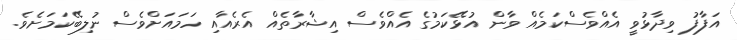
އަފާފު ވިދާޅުވީ އެއްވެސްކަމެއް ވާން އުޅޭކަމުގެ އެއްވެސް އިޝާރާތެއް އެރެއާއި ހަމައަށްވެސް ނުލިބޭކަމަށެވެ.